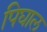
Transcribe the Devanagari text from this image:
पिघाल